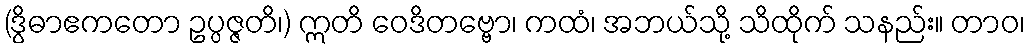
(ဒွိဓာဧကတော ဥပ္ပဇ္ဇတိ၊) ဣတိ ဝေဒိတဗ္ဗော၊ ကထံ၊ အဘယ်သို့ သိထိုက် သနည်း။ တာဝ၊